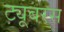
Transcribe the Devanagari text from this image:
ट्यूबरस